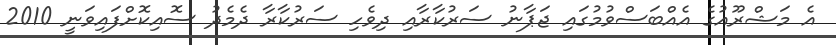
އެ މަޝްރޫއުގެ އެއްބަސްވުމުގައި ޖަޕާނު ސަރުކާރާއި ދިވެހި ސަރުކާރާ ދެމެދު ސޮއިކޮށްފައިވަނީ 2010